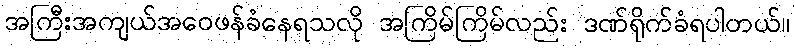
အကြီးအကျယ်အဝေဖန်ခံနေရသလို အကြိမ်ကြိမ်လည်း ဒဏ်ရိုက်ခံရပါတယ်။